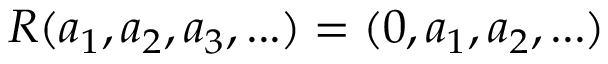
R ( a _ { 1 } , a _ { 2 } , a _ { 3 } , . . . ) = ( 0 , a _ { 1 } , a _ { 2 } , . . . )